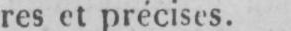
res et précises.